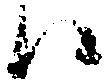
ハ